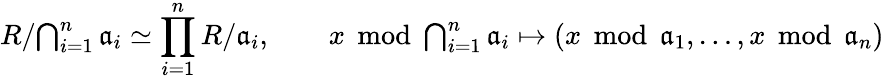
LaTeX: R/{\textstyle\bigcap_{i=1}^{n}{{\mathfrak{a}}_{i}}}\simeq\prod_{i=1}^{n}{R/{\mathfrak{a}}_{i}},\qquad x\; \operatorname{mod}\; {\textstyle\bigcap_{i=1}^{n}{{\mathfrak{a}}_{i}}}\mapsto(x\; \operatorname{mod}\; {\mathfrak{a}}_{1},\ldots,x\; \operatorname{mod}\; {\mathfrak{a}}_{n})